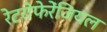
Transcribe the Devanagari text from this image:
रेटरोफेरेंजियल